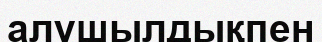
алушылдықпен